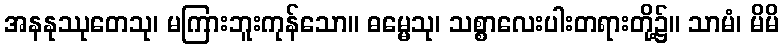
အနနုဿုတေသု၊ မကြားဘူးကုန်သော။ ဓမ္မေသု၊ သစ္စာလေးပါးတရားတို့၌။ သာမံ၊ မိမိ